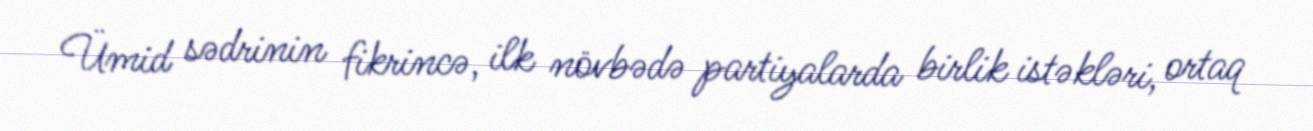
Ümid sədrinin fikrincə, ilk növbədə partiyalarda birlik istəkləri, ortaq